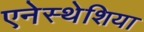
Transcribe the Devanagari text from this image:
एनेस्थेशिया